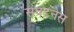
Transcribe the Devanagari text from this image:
संघटनेस